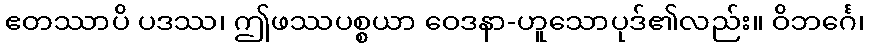
ဧတဿာပိ ပဒဿ၊ ဤဖဿပစ္စယာ ဝေဒနာ-ဟူသောပုဒ်၏လည်း။ ဝိဘင်္ဂေ၊